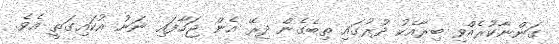
ގަންނާކުރެއްވި ބިރާއެކު ދުރުގައި ތިބެގެން ދިރޭ އެން ޖަހާފައި ނަނު އުކައިގަތީ އެވެ.